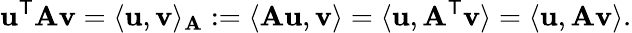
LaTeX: \mathbf{u}^{\mathsf{T}}\mathbf{A}\mathbf{v}=\langle\mathbf{u},\mathbf{v}\rangle_{\mathbf{A}}:=\langle\mathbf{A}\mathbf{u},\mathbf{v}\rangle=\langle\mathbf{u},\mathbf{A}^{\mathsf{T}}\mathbf{v}\rangle=\langle\mathbf{u},\mathbf{A}\mathbf{v}\rangle.